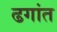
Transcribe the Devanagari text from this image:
ढगांत